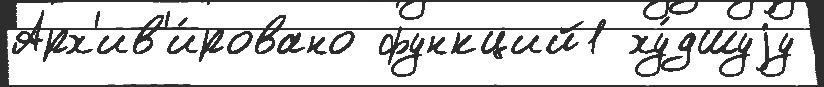
Арх'ив'и́ровано функций1 ху́дшуjу